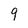
Character: 9